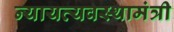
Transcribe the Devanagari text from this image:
न्यायव्यवस्थामंत्री